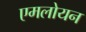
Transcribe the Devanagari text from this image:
एमलोयन